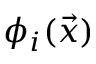
\phi _ { i } ( \vec { x } )